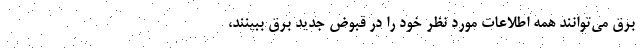
برق می‌توانند همه اطلاعات مورد نظر خود را در قبوض جدید برق ببینند،